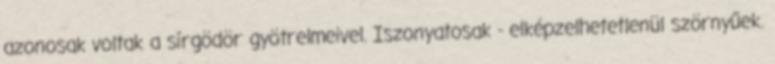
azonosak voltak a sírgödör gyötrelmeivel. Iszonyatosak - elképzelhetetlenül szörnyűek.